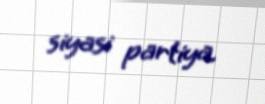
siyasi partiya.